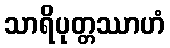
သာရိပုတ္တဿာဟံ